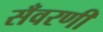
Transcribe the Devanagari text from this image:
सँवरणी